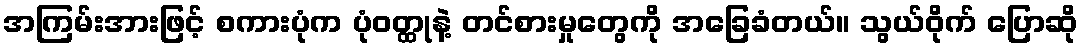
အကြမ်းအားဖြင့် စကားပုံက ပုံဝတ္ထုနဲ့ တင်စားမှုတွေကို အခြေခံတယ်။ သွယ်ဝိုက် ပြောဆို